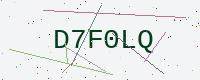
Text: D7F0LQ